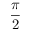
\frac { \pi } { 2 }